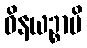
ဝိနယဉ္စာပိ